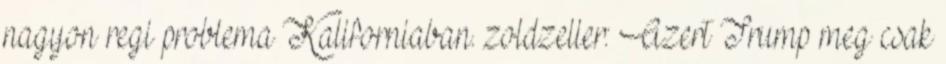
nagyon regi problema Kaliforniaban. zoldzeller: Azert Trump meg csak